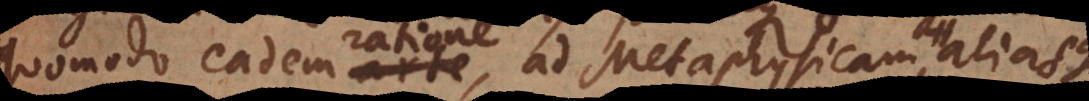
quomodo eadem arte, ad Metaphysicam, aliasque